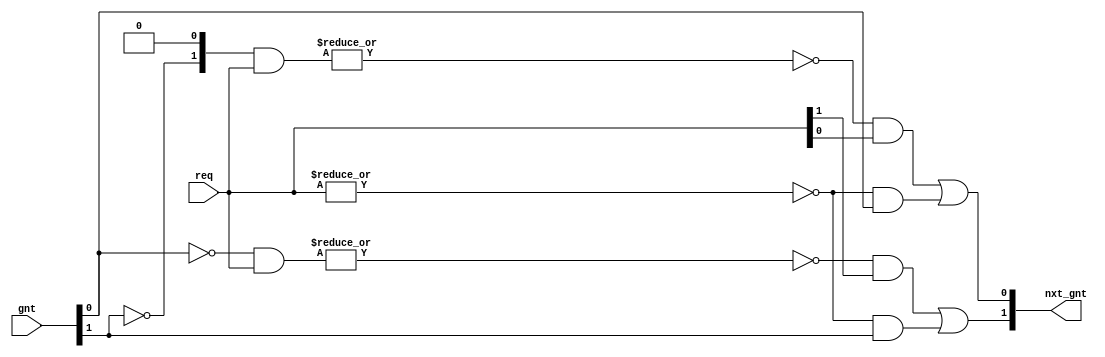
module wb_interconnect_arb_rr(/*AUTOARG*/
   // Outputs
   nxt_gnt,
   // Inputs
   req, gnt
   );

   /* User parameters */
   // Number of participants
   parameter N = 2;

   /* Ports */
   // Request
   input [N-1:0] req;
   // Current grant
   input [N-1:0] gnt;
   // Next grant
   output [N-1:0] nxt_gnt;

   // Sanity check
   // synthesis translate_off
   always @(*)
     if (~^gnt)
       $fatal("signal <gnt> must always be one hot!");
   // synthesis translate_on
     
   
   // At a first glance, the computation of the nxt_gnt signal looks
   // strange, but the principle is easy:
   //
   //  * For each participant we compute a mask of width N. Based on
   //    the current gnt signal the mask contains a 1 at the position
   //    of other participants that will be served in round robin
   //    before the participant in case they request it.
   //
   //  * The mask is 0 on all positions for the participant "left" of
   //    the currently granted participant as no other has precedence
   //    over this one. The mask has all one except the participant
   //    itself for the currently arbitrated participant.
   //
   //  * From the mask and the request the nxt_gnt is calculated,
   //    roughly said as: if there is no other participant which has a
   //    higher precedence that also requests, the participant gets
   //    granted.
   //
   // Example 1:
   //  req     = 1010
   //  gnt     = 1000
   //  nxt_gnt = 0010
   //
   //  mask[0] = 0000
   //  mask[1] = 0001
   //  mask[2] = 0011
   //  mask[3] = 0111
   //   
   // Example 2:
   //  req     = 1010
   //  gnt     = 0100
   //  nxt_gnt = 1000
   //
   //  mask[0] = 1000
   //  mask[1] = 1001
   //  mask[2] = 1011
   //  mask[3] = 0000

   // Mask net
   reg [N-1:0]      mask [0:N-1];
   
   // Calculate the mask
   always @(*) begin : calc_mask
      integer            i,j;
      for (i=0;i<N;i=i+1) begin
         // Initialize mask as 0
         mask[i] = {N{1'b0}};

         // All participants to the "right" up to the current grant
         // holder have precendence and therefore a 1 in the mask.
         // First check if the next right from us has the grant.
         // Afterwards the mask is calculated iteratively based on
         // this.
         if(i>0)
           // For i=N:1 the next right is i-1
           mask[i][i-1] = ~gnt[i-1];
         else
           // For i=0 the next right is N-1
           mask[i][N-1] = ~gnt[N-1];

         // Now the mask contains a 1 when the next right to us is not
         // the grant holder. If it is the grant holder that means,
         // that we are the next served (if necessary) as no other has
         // higher precendence, which is then calculated in the
         // following by filling up 1s up to the grant holder. To stop
         // filling up there and not fill up any after this is
         // iterative by always checking if the one before was not
         // before the grant holder.
         for (j=2;j<N;j=j+1) begin
            if (i-j>=0)
              mask[i][i-j] = mask[i][i-j+1] & ~gnt[i-j];
            else if(i-j+1>=0)
              mask[i][i-j+N] = mask[i][i-j+1] & ~gnt[i-j+N];
            else
              mask[i][i-j+N] = mask[i][i-j+N+1] & ~gnt[i-j+N];
         end
      end
   end // always @ (*)

   // Calculate the nxt_gnt
   genvar k;
   generate
      for (k=0;k<N;k=k+1) begin : gen_nxt_gnt
         // (mask[k] & req) masks all requests with higher precendence
         // Example 1: 0: 0000  1: 0000  2: 0010  3: 0010
         // Example 2: 0: 1000  1: 1000  2: 1010  3: 0000
         //
         // ~|(mask[k] & req) is there is none of them
         // Example 1: 0: 1  1: 1  2: 0  3: 0
         // Example 2: 1: 0  1: 0  2: 0  3: 1
         //
         // One might expect at this point that there was only one of
         // them that matches, but this is guaranteed by the last part
         // that is checking if this one has a request itself. In
         // example 1, k=0 does not have a request, if it had, the
         // result of the previous calculation would be 0 for k=1.
         // Therefore: (~|(mask[k] & req) & req[k]) selects the next one.
         // Example 1: 0: 0  1: 1  2: 0  3: 0
         // Example 2: 0: 0  1: 0  2: 0  3: 1
         //
         // This is already the result. (0010 and 1000). Nevertheless,
         // it is necessary to capture the case of no request at all
         // (~|req). In that case, nxt_gnt would be 0, what iself
         // leads to a problem in the next cycle (always grants).
         // Therefore the current gnt is hold in case of no request by
         // (~|req & gnt[k]).
         
         assign nxt_gnt[k] = (~|(mask[k] & req) & req[k]) | (~|req & gnt[k]);
      end
   endgenerate
endmodule